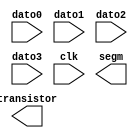
`timescale 1ns / 1ps
//////////////////////////////////////////////////////////////////////////////////
// Company: 
// Engineer: 
// 
// Design Name: 
// Module Name: mux_in_time_4x4
// Project Name: 
// Target Devices: 
// Tool Versions: 
// Description: 
// 
// Dependencies: 
// 
// Revision:
// Revision 0.01 - File Created
// Additional Comments:
// 
//////////////////////////////////////////////////////////////////////////////////


module adder_subs_4b(
    input [4:0] dato0,
    input [4:0] dato1,
    input [4:0] dato2,
    input [4:0] dato3,
    input clk,
    output [3:0] segm,
    output [3:0] transistor
    );
endmodule